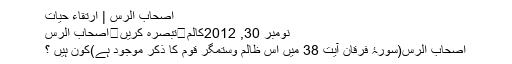
اصحاب الرس | ارتقاءِ حيات
نومبر 30, 2012کالم	تبصرہ کریں	اصحاب الرس
اصحاب الرس(سورۂ فرقان آیت 38 میں اس ظالم وستمگر قوم كا ذكر موجود ہے)كون ہیں ؟